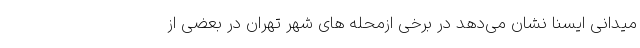
میدانی ایسنا نشان می‌دهد در برخی ازمحله های شهر تهران در بعضی از